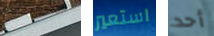
لوتشيانو استعير أحد